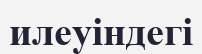
илеуіндегі